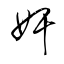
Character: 奸